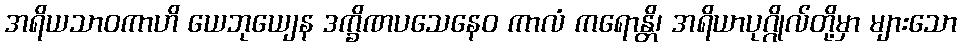
အရိယသာဝကာဟိ ယေဘုယျေန ဒက္ခိဏပသေနေဝ ကာလံ ကရောန္တိ၊ အရိယာပုဂ္ဂိုလ်တို့မှာ များသော